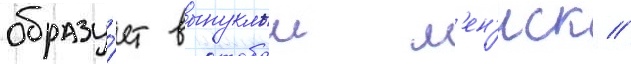
образу́ет выпуклыи м'ен'иск //